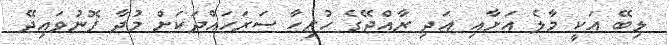
ލިބޭ އަކީ މާލެ އަށާއި އަދި ރާއްޖޭގެ ހުރިހާ ސަރަހައްދަކަށް މުދާ ފޮނުވައިދޭ